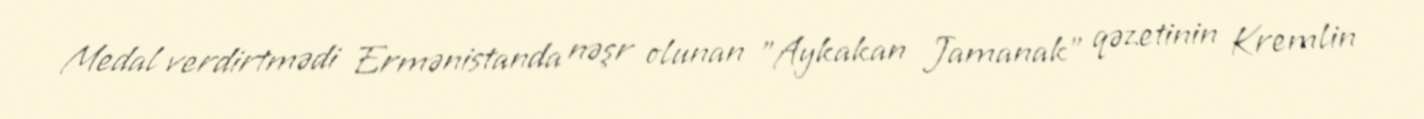
Medal verdirtmədi Ermənistanda nəşr olunan "Aykakan Jamanak" qəzetinin Kremlin